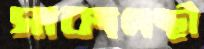
সাকাপন্থী